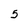
Character: 5